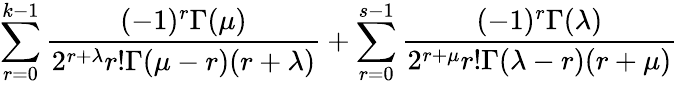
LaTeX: \sum_{r=0}^{k-1}\frac{(-1)^{r}\Gamma(\mu)}{2^{r+\lambda}r!\Gamma(\mu-r)(r+\lambda)}+\sum_{r=0}^{s-1}\frac{(-1)^{r}\Gamma(\lambda)}{2^{r+\mu}r!\Gamma(\lambda-r)(r+\mu)}